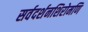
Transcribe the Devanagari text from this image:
सर्वदर्शनशिरोमणि